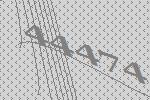
44474